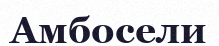
Амбосели